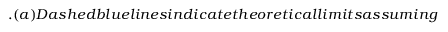
. ( a ) D a s h e d b l u e l i n e s i n d i c a t e t h e o r e t i c a l l i m i t s a s s u m i n g